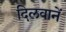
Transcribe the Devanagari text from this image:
दिलवानें